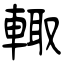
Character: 輙